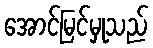
အောင်မြင်မှုသည်